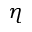
\eta